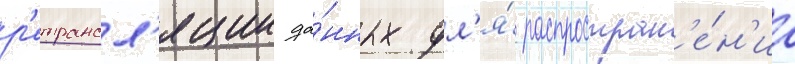
р'етрансл'яции да́нных дл'я́ распростран'е́н'иа